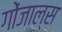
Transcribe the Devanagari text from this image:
गोंजाल्स